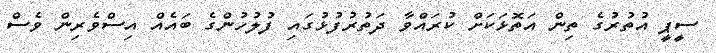
ސީޕީ އުތުރުގެ ތިން އަތޮޅަކަށް ކުރައްވާ ދަތުރުފުޅުގައި ފުލުހުންގެ ބައެއް އިސްވެރިން ވެސް